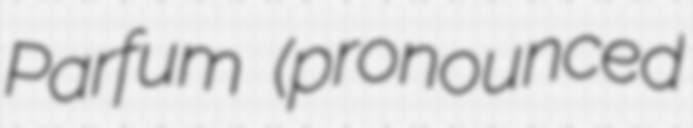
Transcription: Parfum (pronounced